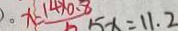
x = \frac { 1 4 \times 0 . 8 } { 5 } 5 x = 1 1 . 2